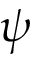
\psi